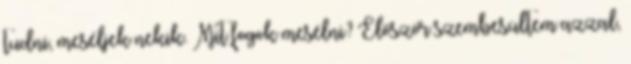
tudni, meséljek nekik. Mit fogok mesélni? Először szembesültem azzal,